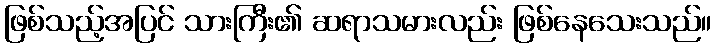
ဖြစ်သည့်အပြင် သားကြီး၏ ဆရာသမားလည်း ဖြစ်နေသေးသည်။